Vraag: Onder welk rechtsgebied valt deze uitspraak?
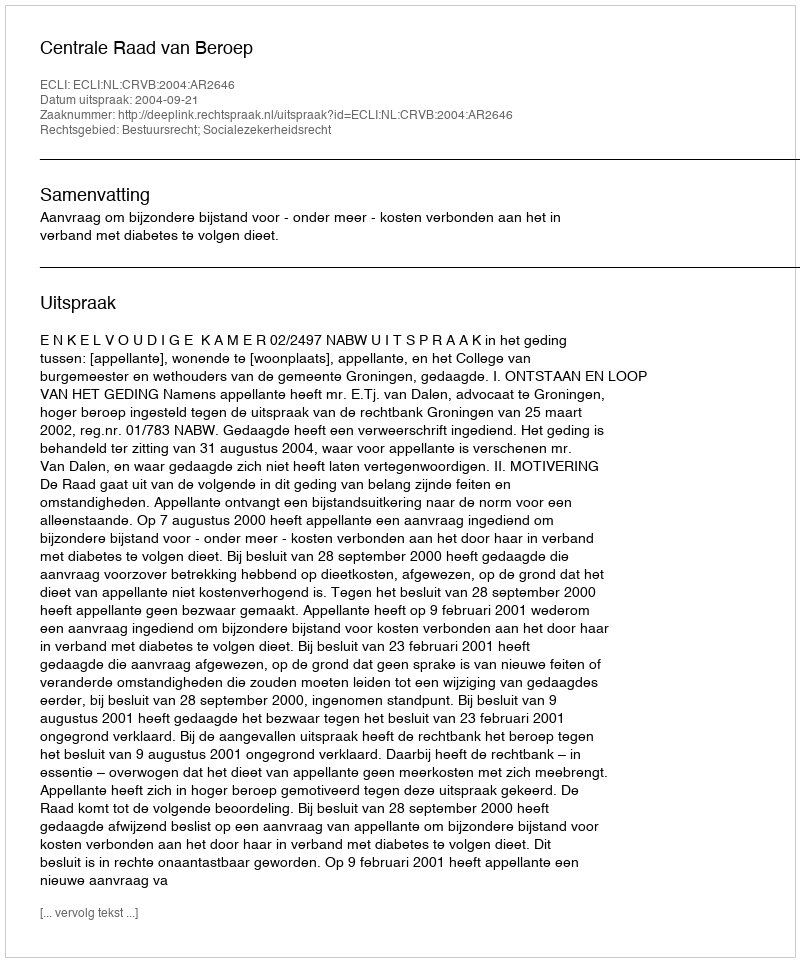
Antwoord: Bestuursrecht; Socialezekerheidsrecht